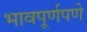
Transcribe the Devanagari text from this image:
भावपूर्णपणे